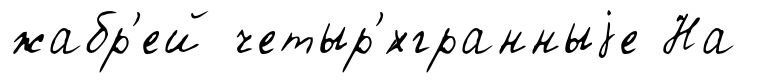
жабр'ей четыр'́хгранныjе На